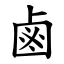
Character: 鹵